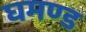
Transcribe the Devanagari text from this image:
घमण्‍ड